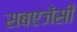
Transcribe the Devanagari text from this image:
सबएजेंसी